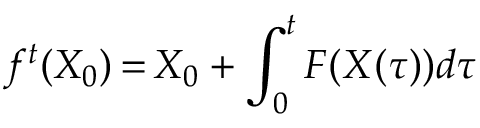
f ^ { t } ( X _ { 0 } ) \mathop { = } X _ { 0 } + \int _ { 0 } ^ { t } F ( X ( \tau ) ) d \tau